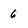
Character: 6